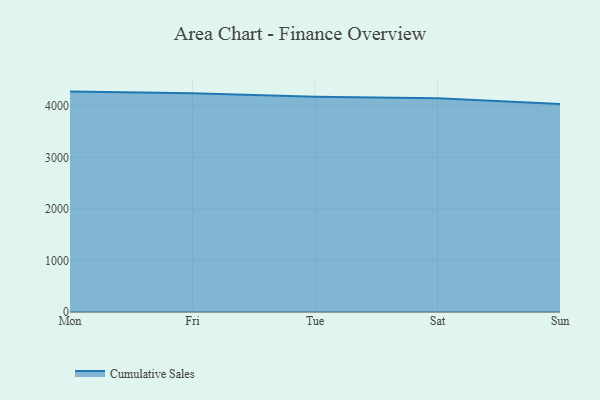
{"axis": {"x": "Day", "y": "Active Users"}, "legend": ["Cumulative Sales"], "data": [{"x": "Mon", "y": 4274.8, "type": "Cumulative Sales"}, {"x": "Fri", "y": 4240.6, "type": "Cumulative Sales"}, {"x": "Tue", "y": 4177.3, "type": "Cumulative Sales"}, {"x": "Sat", "y": 4144.6, "type": "Cumulative Sales"}, {"x": "Sun", "y": 4033.4, "type": "Cumulative Sales"}]}